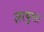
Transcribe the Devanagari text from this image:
ज़रथुस्त्रा